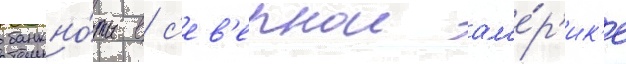
банкно́ты в с'ев'ернои ам'е́р'ик'е